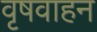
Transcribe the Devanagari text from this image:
वृषवाहन